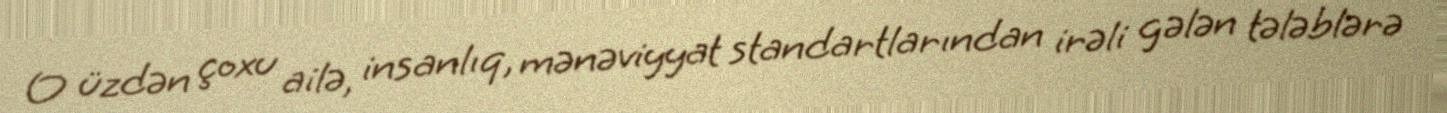
O üzdən çoxu ailə, insanlıq, mənəviyyat standartlarından irəli gələn tələblərə